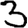
Digit: 3